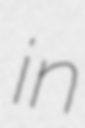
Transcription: in